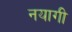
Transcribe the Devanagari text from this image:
नयागी